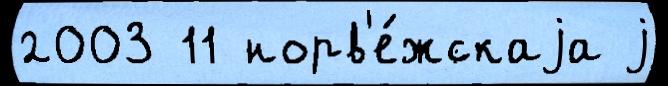
2003 11 норв'е́жскаjа j